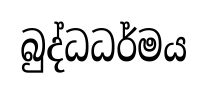
බුද්ධධර්මය